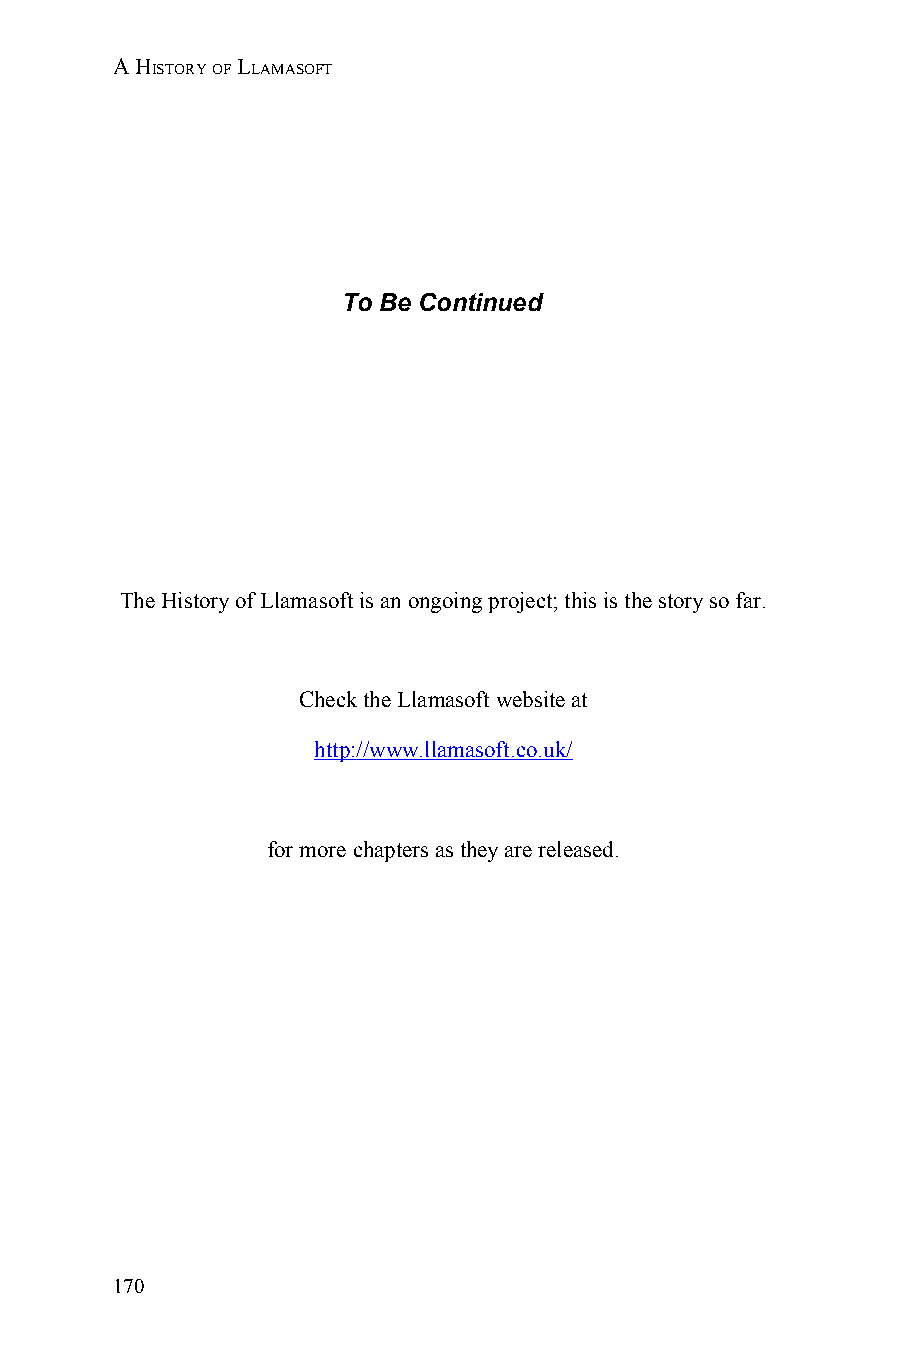
A HISTORY OF LLAMASOFT
 To Be Continued
 The History of Llamasoft is an ongoing project; this is the story so far.
 Check the Llamasoft website at
 http://www.llamasoft.co.uk/
 for more chapters as they are released.
 170